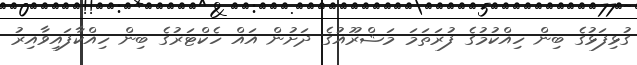
ގުޅިފަޅުގެ ބިން ހިއްކުމުގެ ފުރަތަމަ މަޝްރޫއުގެ ދަށުން އައް ހެކްޓަރުގެ ބިން ހިއްކާފައިވާއިރު